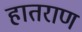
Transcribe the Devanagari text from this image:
हातराण